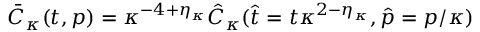
\bar { C } _ { \kappa } ( t , p ) = \kappa ^ { - 4 + \eta _ { \kappa } } \hat { C } _ { \kappa } ( \hat { t } = t \kappa ^ { 2 - \eta _ { \kappa } } , \hat { p } = p / \kappa )